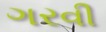
ગરવી